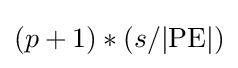
(p+1)*(s/|{\text{PE}}|)